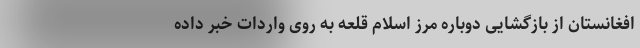
افغانستان از بازگشایی دوباره مرز اسلام قلعه به روی واردات خبر داده